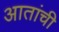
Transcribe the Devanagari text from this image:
आतांची